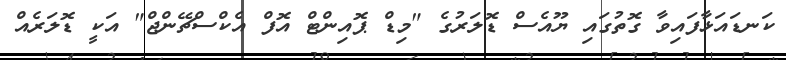
ކަނޑައަޅާފައިވާ ގޮތުގައި ޔޫއެސް ޑޮލަރުގެ "މިޑް ޕޮއިންޓް އޮފް އެކްސްޗޭންޖް" އަކީ ޑޮލަރެއް